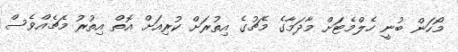
މޯހަން ބުނީ ހެލްމެޓަށް މާދަމާގެ މެޗުގެ އިތުރަށް ކުރިއަށް އޮތް އިތުރު މެޗެއްވެސް